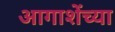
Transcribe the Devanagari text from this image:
आगाशेंच्या